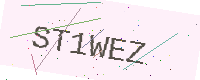
Text: ST1WEZ